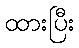
ထားပြီး